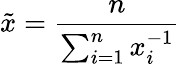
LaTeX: \tilde{x}=\frac{n}{\sum_{i=1}^{n}x_{i}^{-1}}